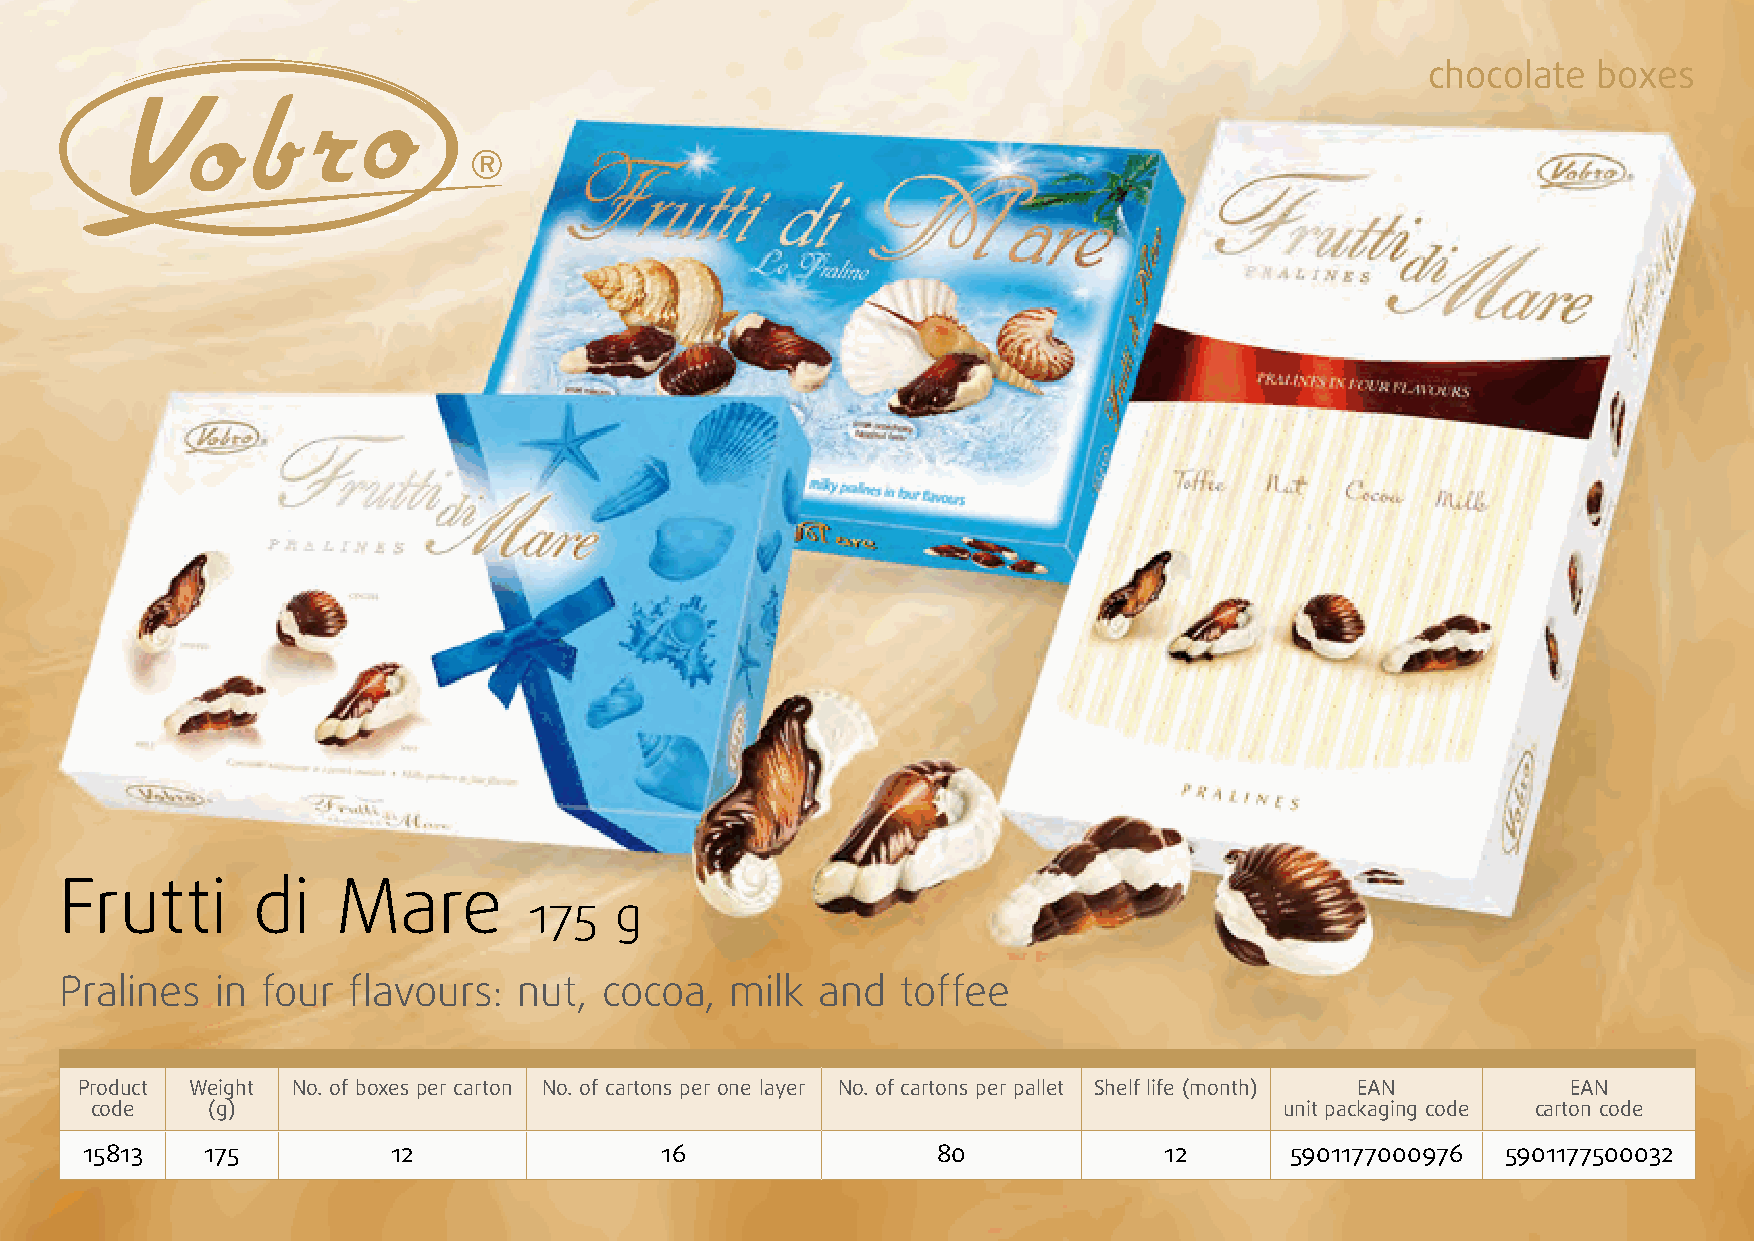
chocolate  boxes
 Frutti       di   Mare
 175   g
 Pralines  in four  flavours:  nut,  cocoa,  milk  and   toffee
 Product Weight No. of boxes per carton No. of cartons per one layer No. of cartons per pallet Shelf life (month) EAN EAN
 code    (g)                                                                    unit packaging code carton code
 15813    175         12                16                80             12      5901177000976  5901177500032